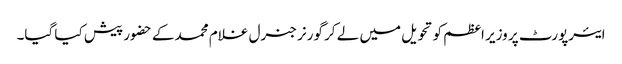
ایئرپورٹ پر وزیر اعظم کو تحویل میں لے کر گورنر جنرل غلام محمد کے حضور پیش کیا گیا۔